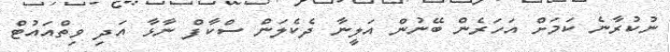
ނުކުރާނެ ކަމަށް އަހަރެން ބޭނުން އަލީނާ ދެކެލަން ސްކާފް ނާޅާ އަދި ވިތްއައުޓް